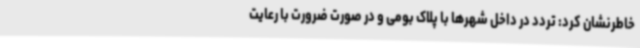
خاطرنشان کرد: تردد در داخل شهرها با پلاک بومی و در صورت ضرورت با رعایت